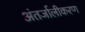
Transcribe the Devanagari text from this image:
अंतर्जालीकरण